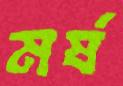
মর্ষ